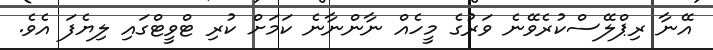
އޭނާ ރިޕްލޭސްކުރެވޭނެ ވަރުގެ މީހެއް ނާންނާނެ ކަމަށް ކުރި ޓްވީޓްގައި ލިޔެފަ އެވެ.